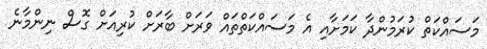
މަސައްކަތް ކުރަމުންދާ ކަމަށާއި އެ މަސައްކަތްތައް ވަރަށް ބާރަށް ކުރިއަށް ގޮސް ނިންމާނެ